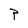
Character: P